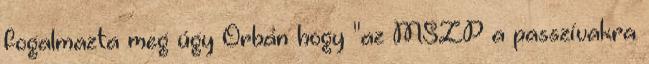
fogalmazta meg úgy Orbán hogy "az MSZP a passzívakra